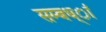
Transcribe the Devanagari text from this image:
सम्बध्ां